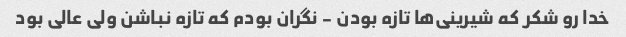
خدا رو شکر که شیرینی‌ها تازه بودن - نگران بودم که تازه نباشن ولی عالی بود